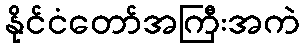
နိုင်ငံတော်အကြီးအကဲ